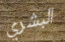
البشري